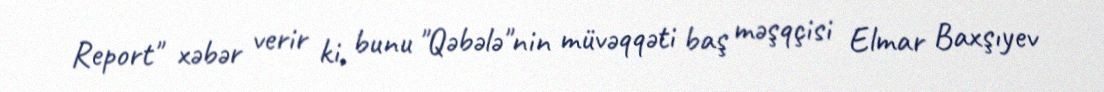
Report" xəbər verir ki, bunu "Qəbələ"nin müvəqqəti baş məşqçisi Elmar Baxşıyev